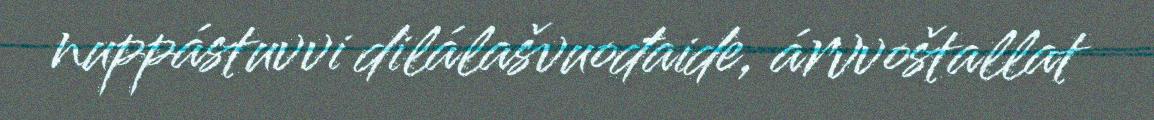
nuppástuvvi dilálašvuođaide, árvvoštallat